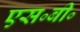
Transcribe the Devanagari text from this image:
एस॰बी॰